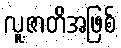
လူ့ဇာတိအဖြစ်